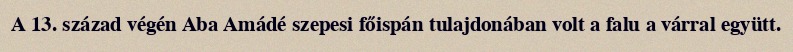
A 13. század végén Aba Amádé szepesi főispán tulajdonában volt a falu a várral együtt.